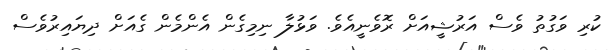
ކުރި ވަގުތު ވެސް އަރުޝީއަށް ރޮވެނީއެވެ. ވަޅުލާ ނިމިގެން އެންމެން ގެއަށް ދިޔައިރުވެސް